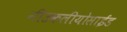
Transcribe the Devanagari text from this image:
नीउकलीयोसाईड